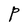
Character: P